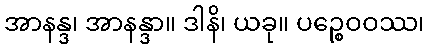
အာနန္ဒ၊ အာနန္ဒာ။ ဒါနိ၊ ယခု။ ပဉ္စေဝဝဿ၊